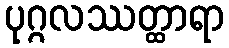
ပုဂ္ဂလဿတ္ထာရာ